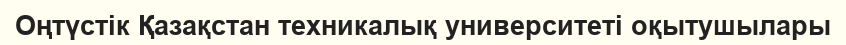
Оңтүстік Қазақстан техникалық университеті оқытушылары